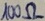
Text: 100Ω